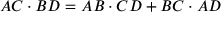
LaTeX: A C \cdot B D = A B \cdot C D + B C \cdot A D